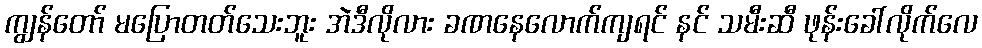
ကျွန်တော် မပြောတတ်သေးဘူး အဲဒီလိုလား ခဏနေလောက်ကျရင် နင် သမီးဆီ ဖုန်းခေါ်လိုက်လေ